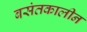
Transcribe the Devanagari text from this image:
बसंतकालीन